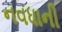
નવધાની